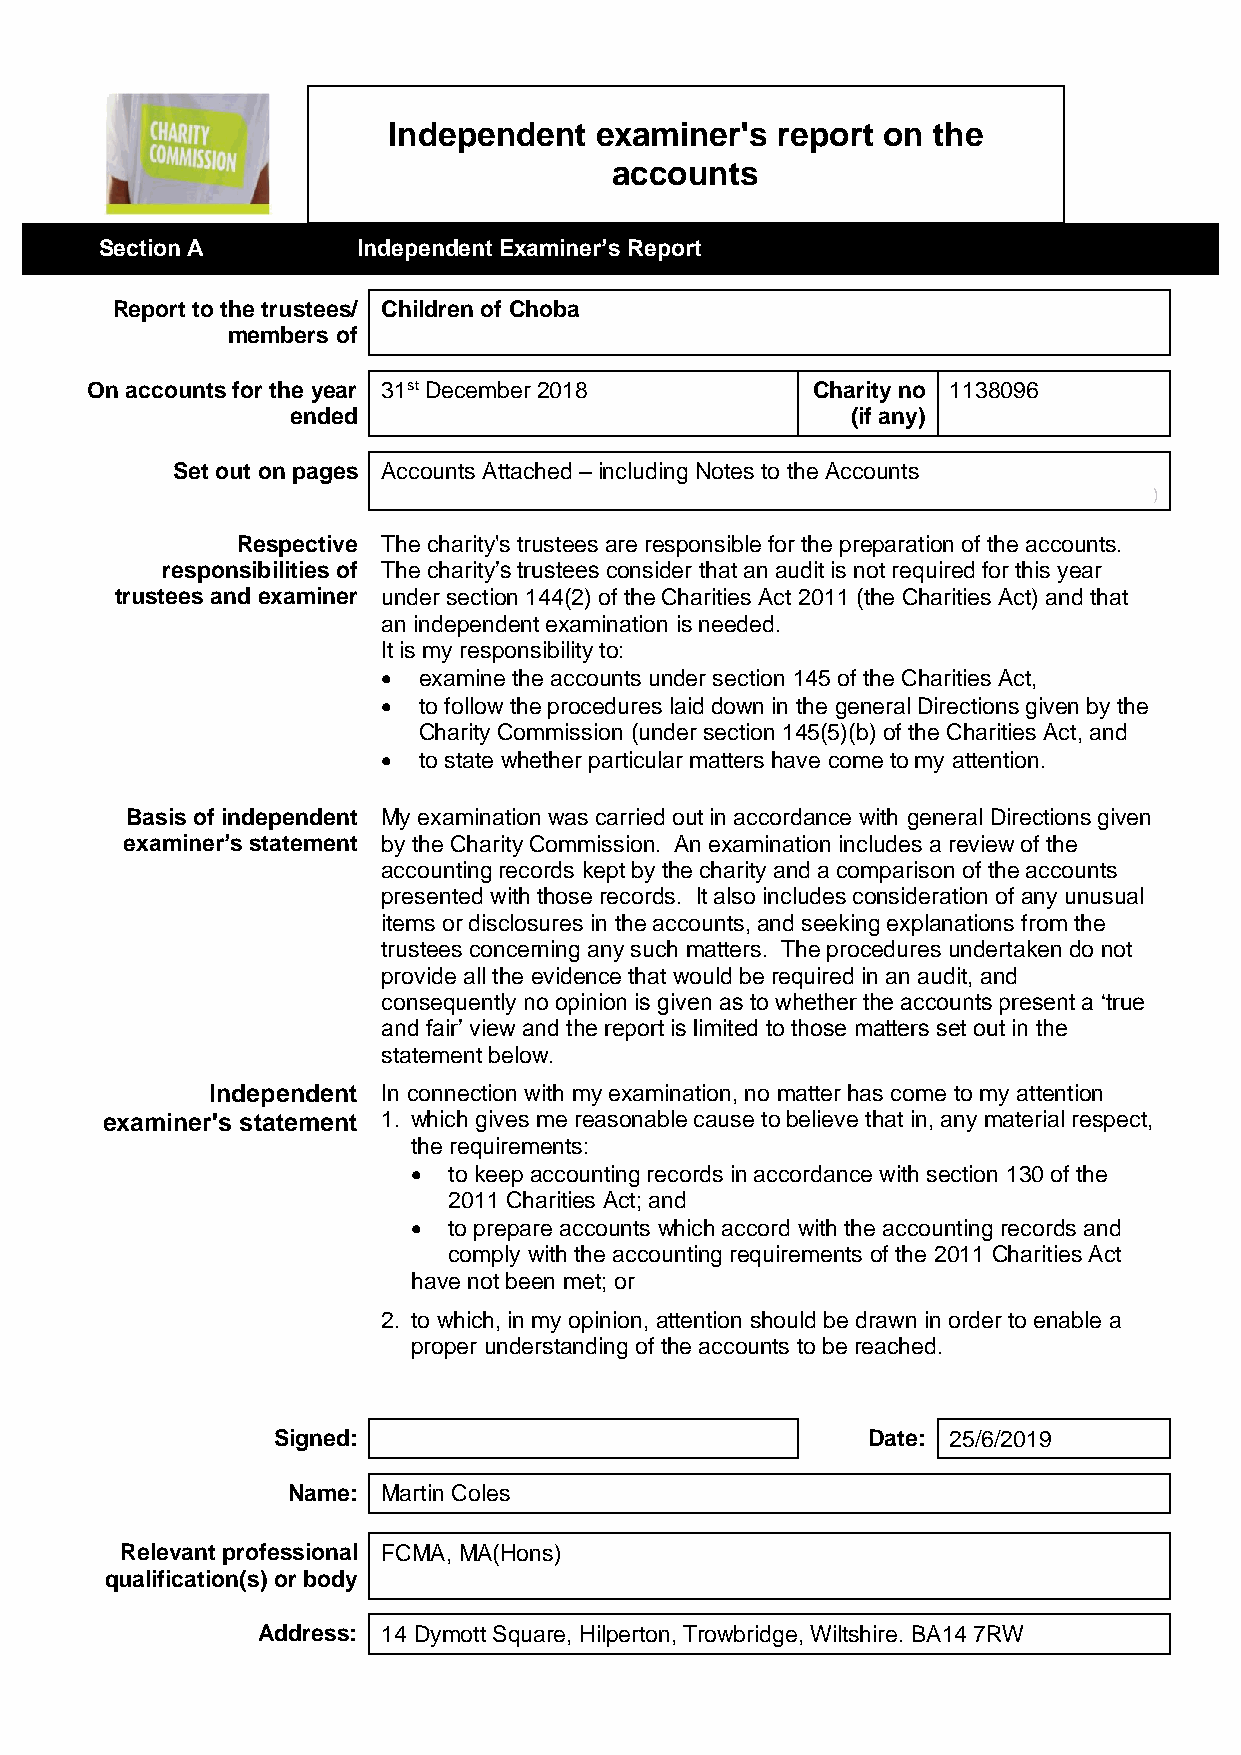
Independent  examiner's  report on  the
 accounts
 Section A        Independent Examiner’s Report
 Report to the trustees/ Children of Choba
 members of
 On accounts for the year 31st December 2018     Charity no 1138096
 ended                                (if any)
 Set out on pages Accounts Attached – including Notes to the Accounts
 )
 Respective The charity's trustees are responsible for the preparation of the accounts.
 responsibilities of The charity’s trustees consider that an audit is not required for this year
 trustees and examiner under section 144(2) of the Charities Act 2011 (the Charities Act) and that
 an independent examination is needed.
 It is my responsibility to:
   examine the accounts under section 145 of the Charities Act,
   to follow the procedures laid down in the general Directions given by the
 Charity Commission (under section 145(5)(b) of the Charities Act, and
   to state whether particular matters have come to my attention.
 Basis of independent My examination was carried out in accordance with general Directions given
 examiner’s statement by the Charity Commission. An examination includes a review of the
 accounting records kept by the charity and a comparison of the accounts
 presented with those records. It also includes consideration of any unusual
 items or disclosures in the accounts, and seeking explanations from the
 trustees concerning any such matters. The procedures undertaken do not
 provide all the evidence that would be required in an audit, and
 consequently no opinion is given as to whether the accounts present a ‘true
 and fair’ view and the report is limited to those matters set out in the
 statement below.
 Independent In connection with my examination, no matter has come to my attention
 examiner's statement 1. which gives me reasonable cause to believe that in, any material respect,
 the requirements:
   to keep accounting records in accordance with section 130 of the
 2011 Charities Act; and
   to prepare accounts which accord with the accounting records and
 comply with the accounting requirements of the 2011 Charities Act
 have not been met; or
 2. to which, in my opinion, attention should be drawn in order to enable a
 proper understanding of the accounts to be reached.
 Signed:                                Date: 25/6/2019
 Name: Martin Coles
 Relevant professional FCMA, MA(Hons)
 qualification(s) or body
 Address: 14 Dymott Square, Hilperton, Trowbridge, Wiltshire. BA14 7RW